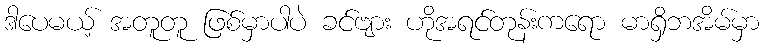
ဒါပေမယ့် အတူတူ ဖြစ်မှာပါပဲ ခင်ဗျား ဟိုအရင်တုန်းကရော မာရှိဘအိမ်မှာ